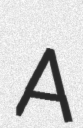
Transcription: A